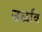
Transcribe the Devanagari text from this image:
उळवि